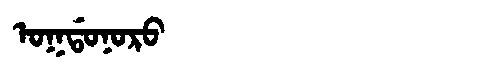
Manchu: ᠣᡴᡩᠣᠨᠣᡵᠣ
Romanization: OKDONORO